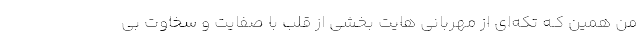
من همین کـه تکه‌ای از مهربانی هایت بخشی از قلب با صفایت و سخاوت بی